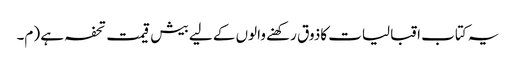
یہ کتاب اقبالیات کاذوق رکھنے والوں کے لیے بیش قیمت تحفہ ہے (م۔